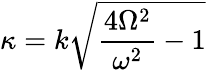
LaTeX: \kappa=k\sqrt{\frac{4\Omega^{2}}{\omega^{2}}-1}